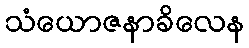
သံယောဇနာခိလေန